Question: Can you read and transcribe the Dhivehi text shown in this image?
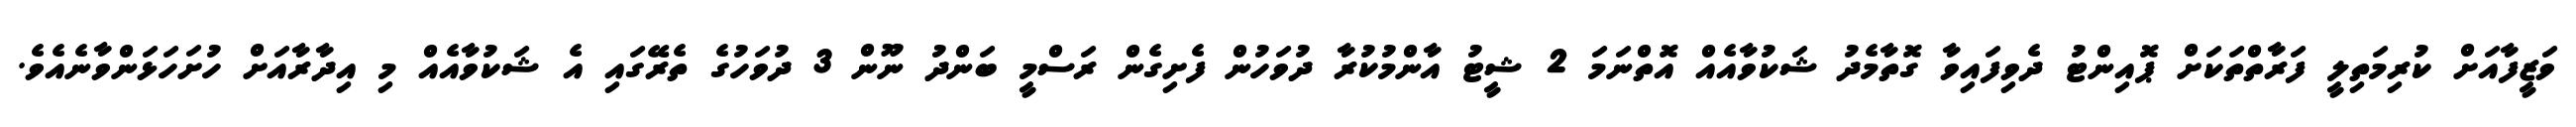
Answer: ވަޒީފާއަށް ކުރިމަތިލީ ފަރާތްތަކަށް ޕޮއިންޓު ދެވިފައިވާ ގޮތާމެދު ޝަކުވާއެއް އޮތްނަމަ 2 ޝީޓު އާންމުކުރާ ދުވަހުން ފެށިގެން ރަސްމީ ބަންދު ނޫން 3 ދުވަހުގެ ތެރޭގައި އެ ޝަކުވާއެއް މި އިދާރާއަށް ހުށަހަޅަންވާނެއެވެ.